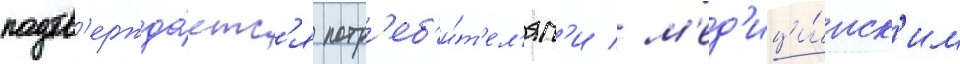
подтв'ержда́етс'я потр'еб'и́т'ел'ям'и / м'ед'ици́нск'им